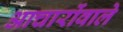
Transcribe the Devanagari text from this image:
आचारोंवाले